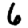
Digit: 6